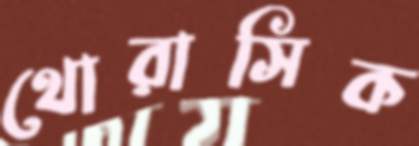
থোরাসিক